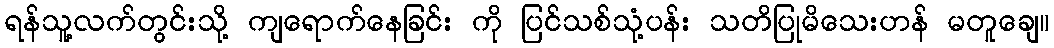
ရန်သူ့လက်တွင်းသို့ ကျရောက်နေခြင်း ကို ပြင်သစ်သုံ့ပန်း သတိပြုမိသေးဟန် မတူချေ။